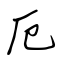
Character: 厄